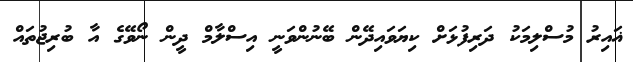
ޣައިރު މުސްލިމަކު ދަރިފުޅަށް ކިޔަވައިދޭން ބޭނުންވަނީ އިސްލާމް ދީން ނޯވޭގެ އާ ބުރިޖުތައް